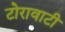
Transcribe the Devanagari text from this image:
टोरावाटी